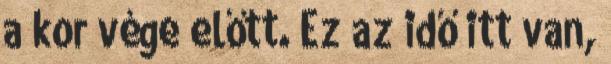
a kor vége előtt. Ez az idő itt van,